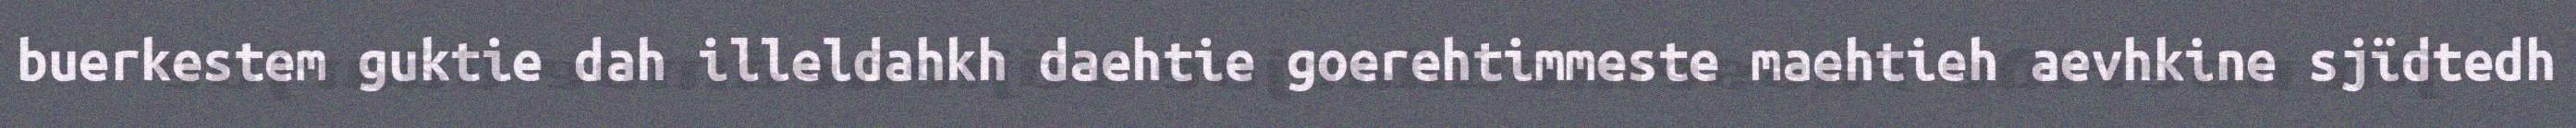
buerkestem guktie dah illeldahkh daehtie goerehtimmeste maehtieh aevhkine sjïdtedh